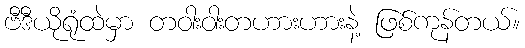
ဗီဒီယိုရုံထဲမှာ တဝါးဝါးတဟားဟားနဲ့ ဖြစ်ကုန်တယ်။